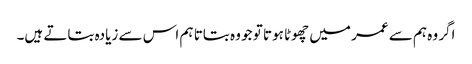
اگر وہ ہم سے عمر میں چھوٹا ہوتا تو جو وہ بتاتا ہم اس سے زیادہ بتاتے ہیں۔